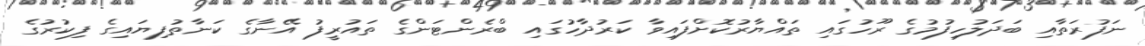
ނަފުރަތާއި ބަދަލުހިފުމުގެ ރޫހުގައި ތައްޔާރުކޮށްފައިވާ ކަރުދާހުގައި ބްރެންޓަންގެ ތައުރީފު އޭނާގެ ކަނާތުފިޔައިގެ ފިކުރުގެ